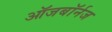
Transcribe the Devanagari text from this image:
ऑजबॉर्नज